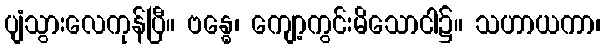
ပျံသွားလေကုန်ပြီ။ ဗန္ဓေ၊ ကျော့ကွင်းမိသောငါ၌။ သဟာယကာ၊